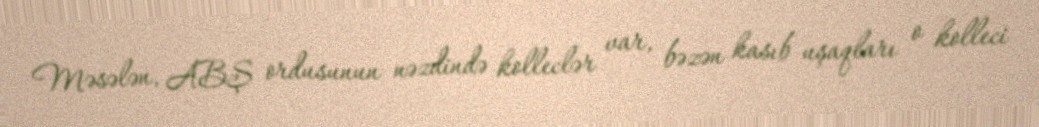
Məsələn, ABŞ ordusunun nəzdində kolleclər var, bəzən kasıb uşaqları o kolleci